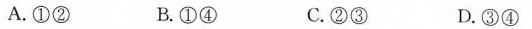
A.①② B.①④ C.②③ D.③④